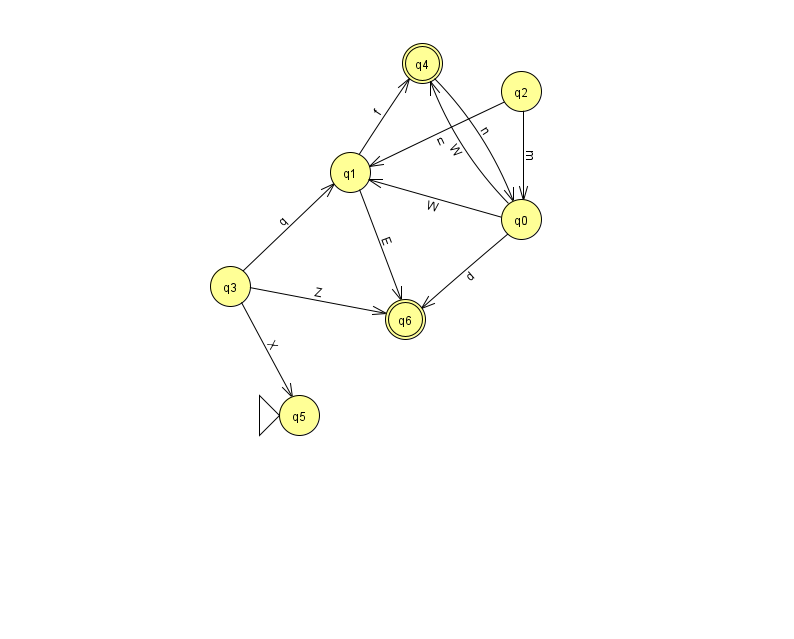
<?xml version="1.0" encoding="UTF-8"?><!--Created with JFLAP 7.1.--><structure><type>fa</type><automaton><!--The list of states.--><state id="0" name="q0"><x>521.0</x><y>206.0</y></state><state id="1" name="q1"><x>350.0</x><y>159.0</y></state><state id="2" name="q2"><x>521.0</x><y>78.0</y></state><state id="3" name="q3"><x>230.0</x><y>273.0</y></state><state id="4" name="q4"><x>422.0</x><y>50.0</y><final/></state><state id="5" name="q5"><x>299.0</x><y>402.0</y><initial/></state><state id="6" name="q6"><x>405.0</x><y>306.0</y><final/></state><!--The list of transitions.--><transition><from>0</from><to>6</to><read>d</read></transition><transition><from>2</from><to>0</to><read>m</read></transition><transition><from>0</from><to>4</to><read>W</read></transition><transition><from>3</from><to>5</to><read>X</read></transition><transition><from>3</from><to>6</to><read>Z</read></transition><transition><from>1</from><to>6</to><read>E</read></transition><transition><from>0</from><to>1</to><read>W</read></transition><transition><from>4</from><to>0</to><read>n</read></transition><transition><from>1</from><to>4</to><read>f</read></transition><transition><from>2</from><to>1</to><read>n</read></transition><transition><from>3</from><to>1</to><read>q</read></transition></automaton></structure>